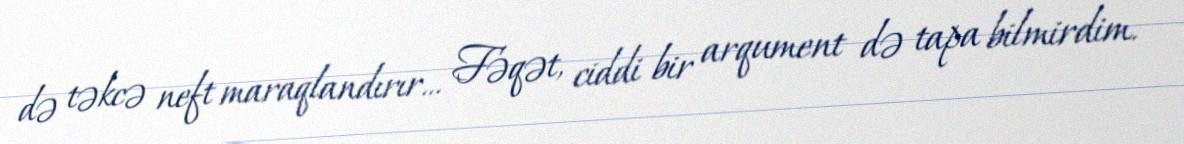
də təkcə neft maraqlandırır... Fəqət, ciddi bir arqument də tapa bilmirdim.